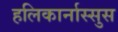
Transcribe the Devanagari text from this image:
हलिकार्नास्सुस